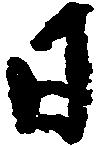
日